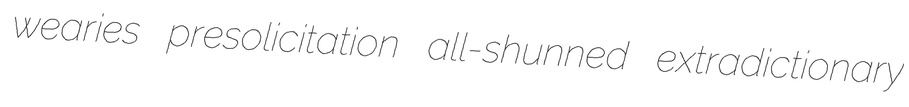
wearies presolicitation all-shunned extradictionary